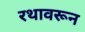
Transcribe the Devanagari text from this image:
रथावरून